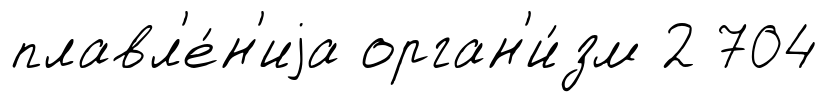
плавл'е́н'иjа орган'и́зм 2 704